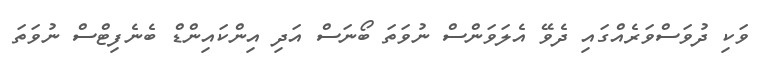
ވަކި ދުވަސްވަރެއްގައި ދެވޭ އެލަވަންސް ނުވަތަ ބޯނަސް އަދި އިންކައިންޑް ބެނެފިޓްސް ނުވަތަ